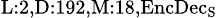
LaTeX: _{\textrm{L}:2,\textrm{D}:192,\textrm{M}:18,\textrm{EncDec}_{\textrm{S}}}